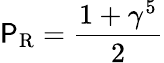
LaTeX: \mathsf{P}_{\mathrm{{{R}}}}={\frac{{1+\gamma^{5}}}{{2}}}